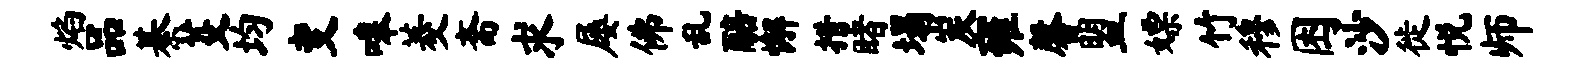
焰品綦芟均变嗥菱斋求屡佛乱醅懈措睹塌炭雍馨盟嫖竹穆困沙徙悦师